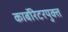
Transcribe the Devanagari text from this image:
कार्बोरेटरयुक्त